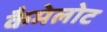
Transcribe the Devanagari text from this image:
कैमेलोट